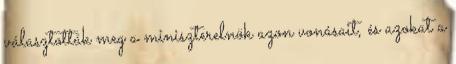
választották meg a miniszterelnök azon vonásait, és azokat a